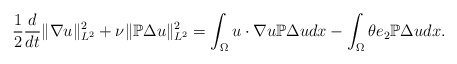
\begin{align*}\frac{1}{2}\frac{d}{dt}\|\nabla u\|_{L^{2}}^{2}+\nu\|\mathbb{P}\Delta u\|_{L^{2}}^{2}=\int_{\Omega}u\cdot\nabla u\mathbb{P}\Delta udx-\int_{\Omega}\theta e_{2}\mathbb{P}\Delta udx.\end{align*}